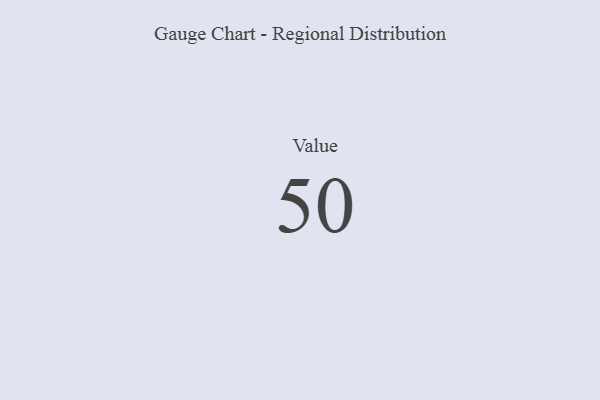
{"axis": {"x": "Metric", "y": "Value"}, "legend": [""], "data": [{"x": "Value", "y": 50, "type": ""}]}